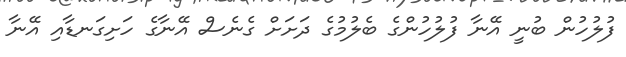
ފުލުހުން ބުނީ އޭނާ ފުލުހުންގެ ބެލުމުގެ ދަށަށް ގެނެސް އޭނާގެ ހަށިގަނޑާއި އޭނާ